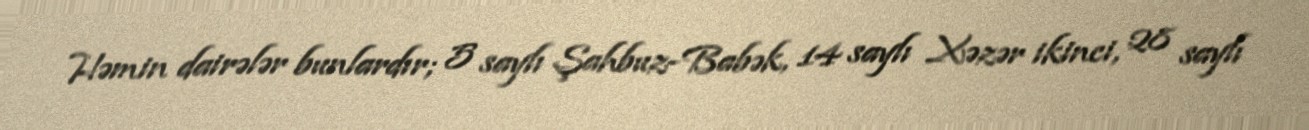
Həmin dairələr bunlardır; 5 saylı Şahbuz-Babək, 14 saylı Xəzər ikinci, 28 saylı